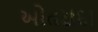
ઓતરાદા